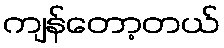
ကျန်တော့တယ်